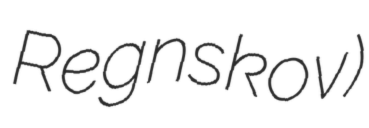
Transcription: Regnskov)